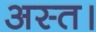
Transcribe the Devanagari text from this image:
अस्त।